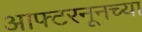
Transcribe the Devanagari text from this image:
आफ्टरनूनच्या